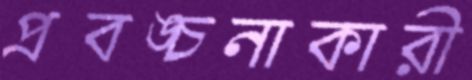
প্রবঙ্চনাকারী